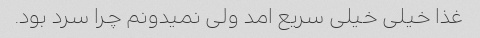
غذا خیلی خیلی سریع امد ولی نمیدونم چرا سرد بود.